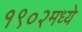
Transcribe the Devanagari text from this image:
१९०२मध्ये